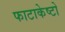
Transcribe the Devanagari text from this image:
फाटाकेष्टो